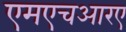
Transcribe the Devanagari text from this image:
एमएचआरए